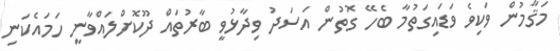
މަޤާމުން ވަކިވެ ވަޑައިގަތުމާ ބެހޭ ގޮތުން އަަސަދު ވިދާޅުވީ ބާރުތައް ދޫކޮށްލައްވާނީ ހަމައެކަނި